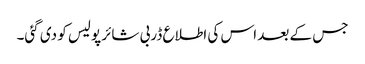
جس کے بعد اس کی اطلاع ڈربی شائر پولیس کو دی گئی۔